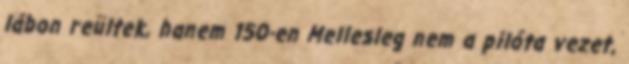
lábon reültek, hanem 150-en Mellesleg nem a pilóta vezet,